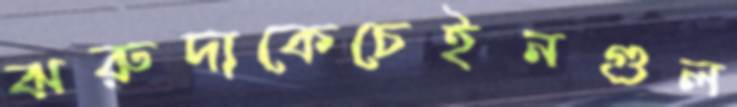
ঝরুদাকেচেইনগুল